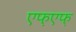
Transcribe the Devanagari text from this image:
एफ़एफ़